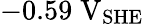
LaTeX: -0.59\; \mathrm{V}_{\mathrm{SHE}}